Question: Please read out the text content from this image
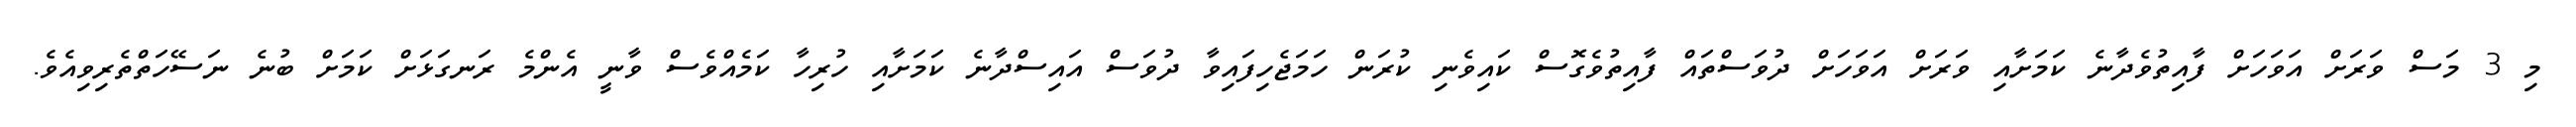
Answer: މި 3 މަސް ވަރަށް އަވަހަށް ފާއިތުވެދާނެ ކަމަށާއި ވަރަށް އަވަހަށް ދުވަސްތައް ފާއިތުވެގޮސް ކައިވެނި ކުރަން ހަމަޖެހިފައިވާ ދުވަސް އައިސްދާނެ ކަމަށާއި ހުރިހާ ކަމެއްވެސް ވާނީ އެންމެ ރަނގަޅަށް ކަމަށް ބުނެ ނަސޭހަތްތެރިވިއެވެ.